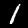
Digit: 1